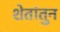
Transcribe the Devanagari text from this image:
शेतांतुन